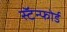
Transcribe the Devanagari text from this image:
स्टॅन्फोर्ड